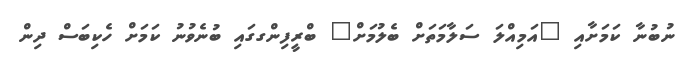
ނުބުނާ ކަމަށާއި "އަމިއްލަ ސަލާމަތަށް ބެލުމަށް" ބްރީފިންގގައި ބުނެވުނު ކަމަށް ހެކިބަސް ދިން